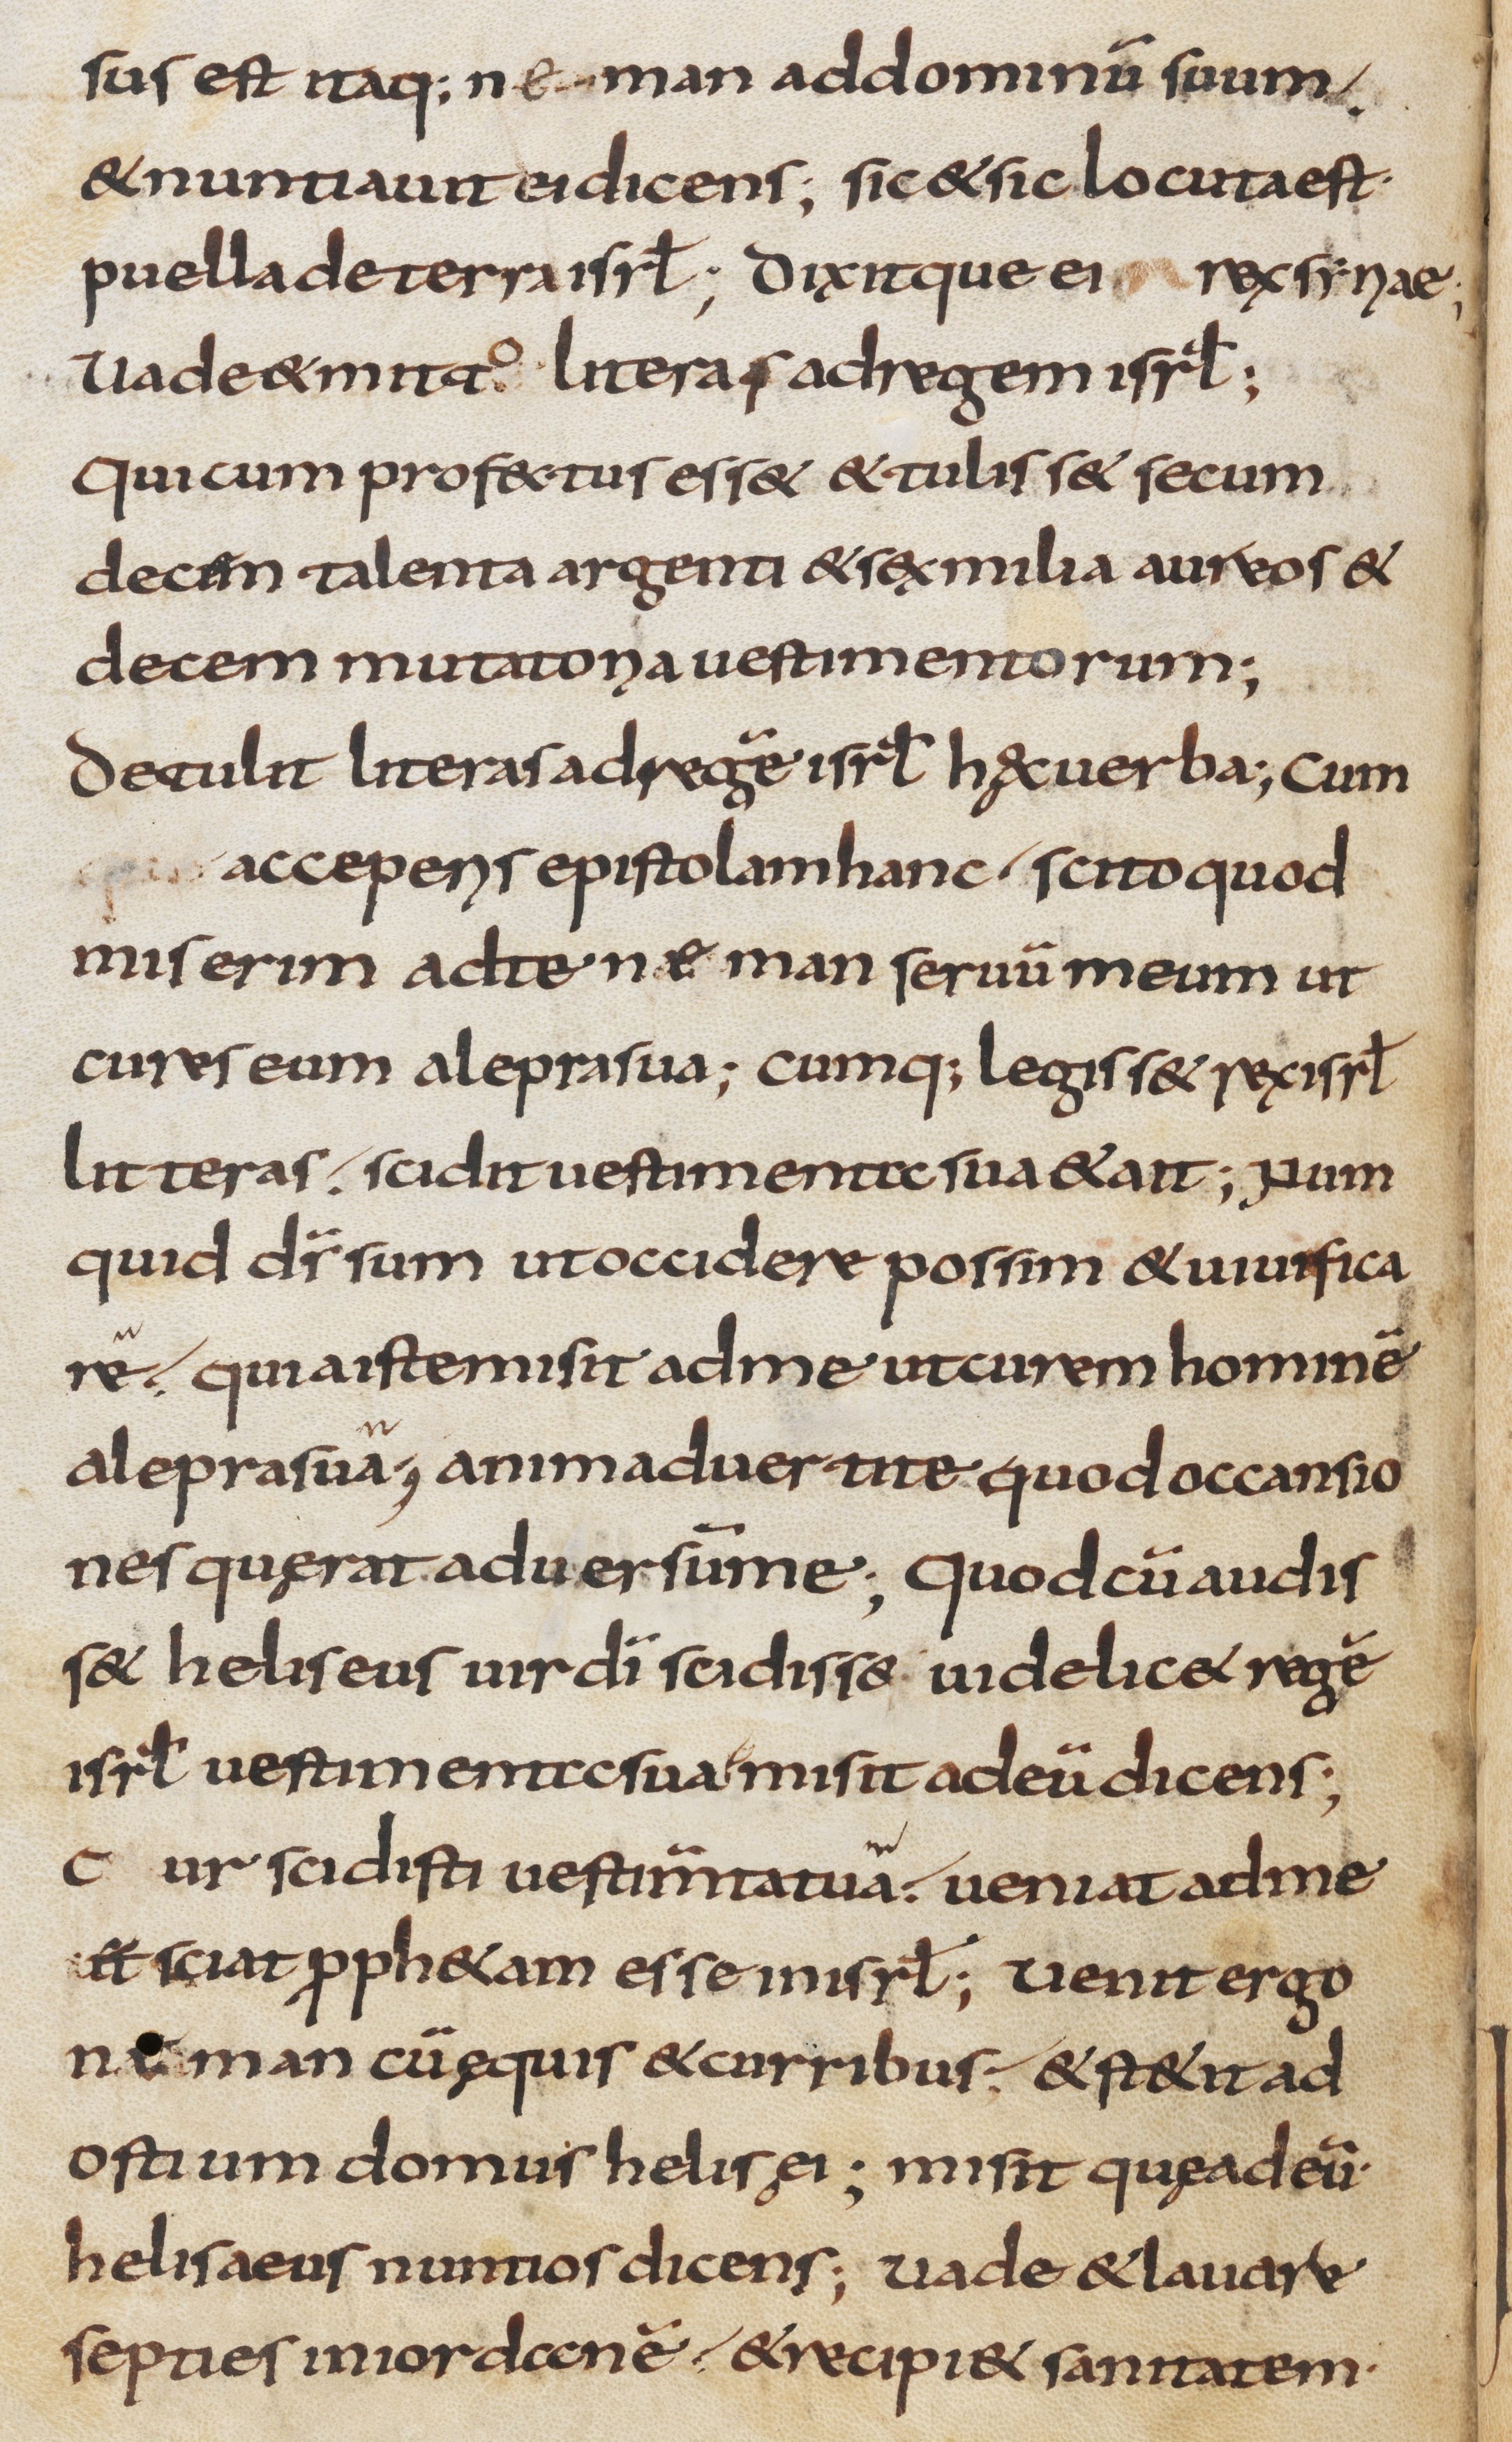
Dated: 800–830